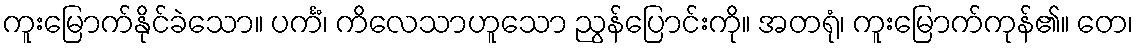
ကူးမြောက်နိုင်ခဲသော။ ပင်္ကံ၊ ကိလေသာဟူသော ညွန်ပြောင်းကို။ အတရုံ၊ ကူးမြောက်ကုန်၏။ တေ၊